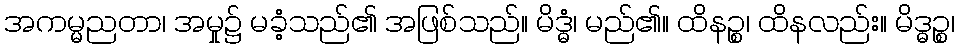
အကမ္မညတာ၊ အမှု၌ မခံ့သည်၏ အဖြစ်သည်။ မိဒ္ဓံ၊ မည်၏။ ထိနဉ္စ၊ ထိနလည်း။ မိဒ္ဓဉ္စ၊